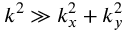
k ^ { 2 } \gg k _ { x } ^ { 2 } + k _ { y } ^ { 2 }